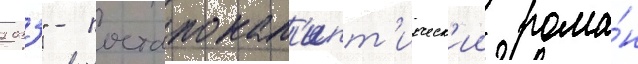
2033" - постапокал'ипт'ическ'ии рома́н